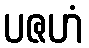
ပဇဟံ